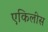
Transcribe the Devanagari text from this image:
एकिलीस